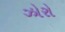
ઝોરો